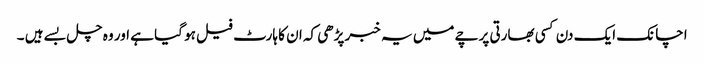
اچانک ایک دن کسی بھارتی پرچے میں یہ خبر پڑھی کہ ان کا ہارٹ فیل ہو گیا ہے اور وہ چل بسے ہیں ۔